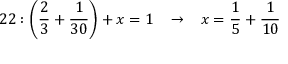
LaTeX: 2 2 : { \bigg ( } { \frac { 2 } { 3 } } + { \frac { 1 } { 3 0 } } { \bigg ) } + x = 1 \; \; \; \rightarrow \; \; \; x = { \frac { 1 } { 5 } } + { \frac { 1 } { 1 0 } }